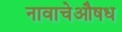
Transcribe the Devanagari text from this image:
नावाचेऔषध